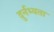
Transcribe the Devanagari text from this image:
दुर्नभ्यता